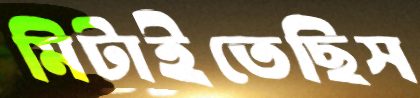
মিটাইতেছিস